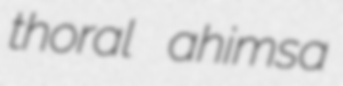
thoral ahimsa